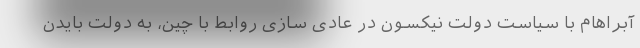
آبراهام با سیاست دولت نیکسون در عادی سازی روابط با چین، به دولت بایدن